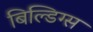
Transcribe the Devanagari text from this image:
बिल्डिग्स